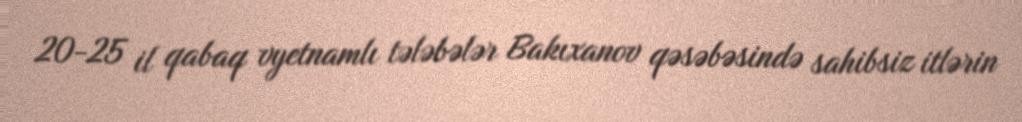
20-25 il qabaq vyetnamlı tələbələr Bakıxanov qəsəbəsində sahibsiz itlərin